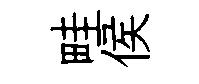
畦侯